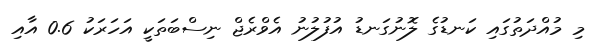
މި މުއްދަތުގައި ކަނޑުގެ ލޮނުގަނޑު އުފުލުނު އެވްރެޖް ނިސްބަތަކީ އަހަރަކު 0.6 އާއި